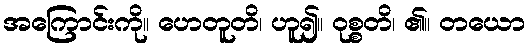
အကြောင်းကို။ ဟေတူတိ၊ ဟူ၍။ ဝုစ္စတိ၊ ၏။ တယော